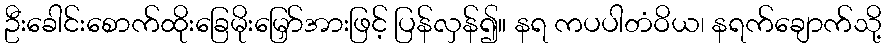
ဦးခေါင်းစောက်ထိုးခြေမိုးမြှော်အားဖြင့် ပြန်လှန်၍။ နရ ကပပါတံဝိယ၊ နရက်ချောက်သို့